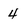
Character: 4